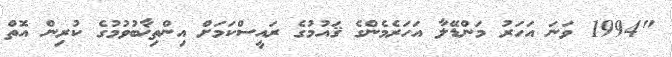
"1994 ވަނަ އަހަރު މަންޑޭލާ އަހަރެމެންގެ ޤައުމުގެ ރައީސްކަމަށް އިންތިޚާބުވުމުގެ ކުރިން އޮތް